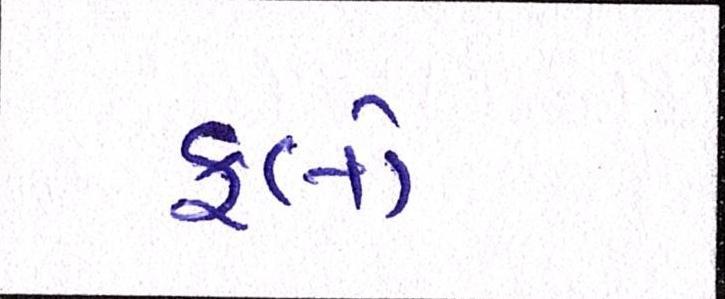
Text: ફ્લો